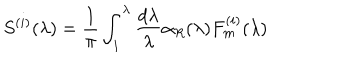
S ^ { ( i ) } ( \lambda ) = \frac 1 \pi \int _ { 1 } ^ { \lambda } \frac { d \lambda } \lambda \alpha _ { R } ( \lambda ) F _ { m } ^ { ( i ) } ( \lambda )